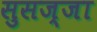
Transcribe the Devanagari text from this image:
सुसज्जा